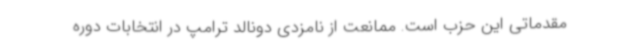
مقدماتی این حزب است. ممانعت از نامزدی دونالد ترامپ در انتخابات دوره